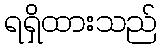
ရရှိထားသည်